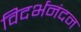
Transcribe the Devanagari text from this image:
विदर्भनंदन